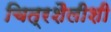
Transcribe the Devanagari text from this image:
चित्रशैलीशी